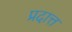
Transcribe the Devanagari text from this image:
प्रदात्त